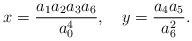
\begin{align*}x=\frac{a_1a_2a_3a_6}{a_0^4},\quad y=\frac{a_4a_5}{a_6^2}. \end{align*}